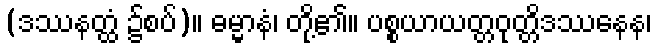
(ဒဿနတ္ထံ ၌စပ်)။ ဓမ္မာနံ၊ တို့၏။ ပစ္စယာယတ္တဝုတ္တိဒဿနေန၊